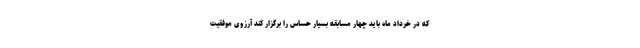
که در خرداد ماه باید چهار مسابقه بسیار حساس را برگزار کند آرزوی موفقیت